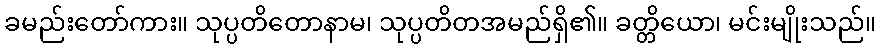
ခမည်းတော်ကား။ သုပ္ပတိတောနာမ၊ သုပ္ပတိတအမည်ရှိ၏။ ခတ္တိယော၊ မင်းမျိုးသည်။